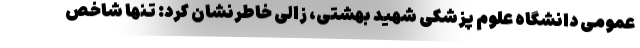
عمومی دانشگاه علوم پزشکی شهید بهشتی، زالی خاطرنشان کرد: تنها شاخص